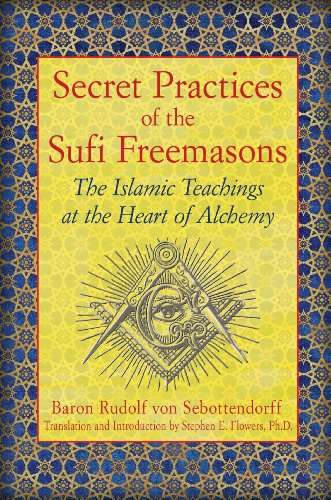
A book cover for Secret Practices of the Sufi Freemasons: The Islamic Teachings at the Heart of Alchemy; Baron Rudolf von Sebottendorff; Religion & Spirituality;